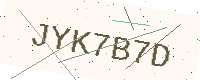
Text: JYK7B7D